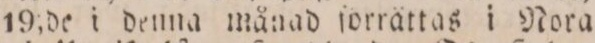
19; de i denna månad ſorråttas i Nora